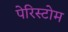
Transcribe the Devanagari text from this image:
पेरिस्टोम